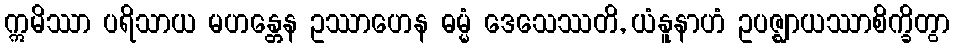
ဣမိဿာ ပရိသာယ မဟန္တေန ဥဿာဟေန ဓမ္မံ ဒေသေဿတိ, ယံနူနာဟံ ဥပဇ္ဈာယဿာစိက္ခိတွာ